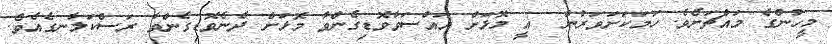
މީހުންގެ މައްޗަށެވެ. ހަމަކަށަވަރުން  އީ މޮޅަށް އައްސަވާވޮޑިގެންވާ މޮޅަށް ދެނެވޮޑިގެންވާ ރަސްކަލާނގެއެވެ.